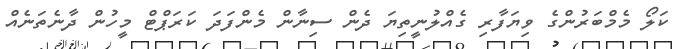
ކަލޯ މެމްބަރުންގެ ވިޔަފާރި ގެއްލުނީތިޔަ ދެން ސިނާން މެންފަދަ ކަރަޕްޓް މީހުން ދާނެތަނެއް